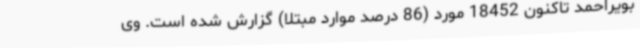
بویراحمد تاکنون 18452 مورد (86 درصد موارد مبتلا) گزارش شده است. وی